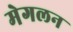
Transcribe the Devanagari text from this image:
मेगलन